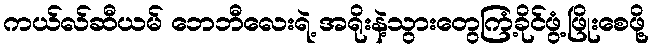
ကယ်လ်ဆီယမ် ဘေဘီလေးရဲ့ အရိုးနဲ့သွားတွေကြံ့ခိုင်ဖွံ့ဖြိုးစေဖို့